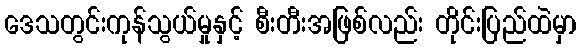
ဒေသတွင်းကုန်သွယ်မှုနှင့် စီးတီးအဖြစ်လည်း တိုင်းပြည်ထဲမှာ